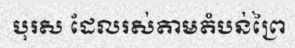
បុរស ដែលរស់តាមតំបន់ព្រៃ